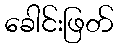
ခေါင်းဖြတ်